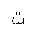
Letter: _ta